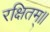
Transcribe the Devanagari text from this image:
रक्षितम्॥